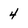
Character: 4